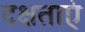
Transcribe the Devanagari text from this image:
दक्षताएं